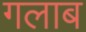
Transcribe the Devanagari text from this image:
गलाब